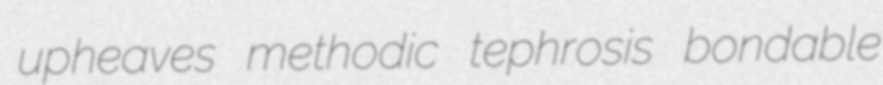
upheaves methodic tephrosis bondable